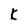
Character: k